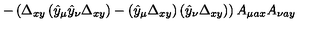
- \left( \Delta _ { x y } \left( \hat { y } _ { \mu } \hat { y } _ { \nu } \Delta _ { x y } \right) - \left( \hat { y } _ { \mu } \Delta _ { x y } \right) \left( \hat { y } _ { \nu } \Delta _ { x y } \right) \right) A _ { \mu a x } A _ { \nu a y }